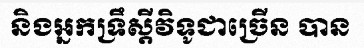
និងអ្នកទ្រឹស្តីវិទូជាច្រើន បាន